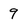
Character: 9